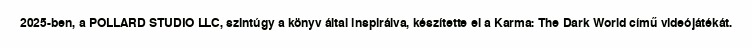
2025-ben, a POLLARD STUDIO LLC, szintúgy a könyv által inspirálva, készítette el a Karma: The Dark World című videójátékát.